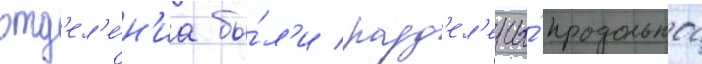
отд'ел'е́н'иа бы́л'и разд'ел'ены́ продольнои